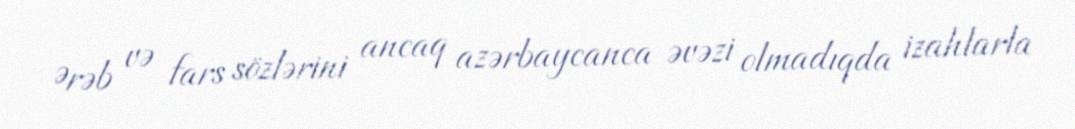
Ərəb və fars sözlərini ancaq azərbaycanca əvəzi olmadıqda izahlarla